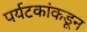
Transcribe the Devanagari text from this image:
पर्यटकांकडून